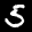
Label: 5